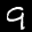
Label: 9